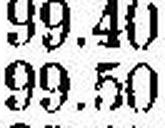
99.50